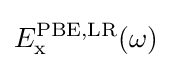
E_{\text{x}}^{\text{PBE,LR}}(\omega )